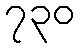
၇၃၀